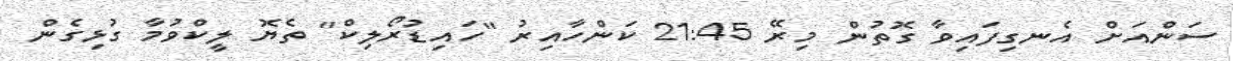
ސަންއަށް އެނގިފައިވާ ގޮތުން މިރޭ 21:45 ކަންހާއިރު "ހައިޑުރޯލިކް" ތެޔޮ ލީކްވުމާ ގުޅިގެން